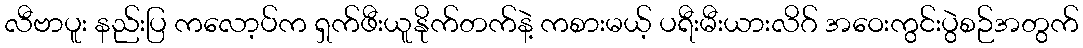
လီဗာပူး နည်းပြ ကလော့ပ်က ရှက်ဖီးယူနိုက်တက်နဲ့ ကစားမယ့် ပရီးမီးယားလိဂ် အဝေးကွင်းပွဲစဉ်အတွက်